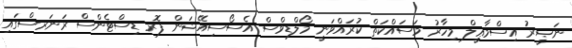
ނަޞީރު އިސްމާޢީލް މިހާރު މަސައްކަތް ކުރައްވަނީ މޯލްޑިވްސް އެސޯސިއޭޝަން ފޮރ ޑިސްޓެންސް ރަނަރސްގައި